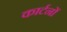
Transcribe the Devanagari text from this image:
कार्टनों